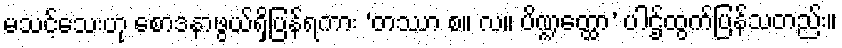
မသင့်သေးဟု စောဒနာဖွယ်ရှိပြန်ရကား ‘တဿာ စ။ လ။ ပိဏ္ဍတ္ထော’ ပါဌ်ထွက်ပြန်သတည်း။